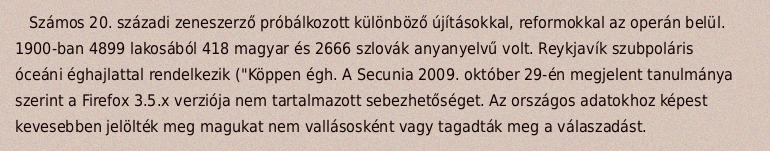
Számos 20. századi zeneszerző próbálkozott különböző újításokkal, reformokkal az operán belül. 1900-ban 4899 lakosából 418 magyar és 2666 szlovák anyanyelvű volt. Reykjavík szubpoláris óceáni éghajlattal rendelkezik ("Köppen égh. A Secunia 2009. október 29-én megjelent tanulmánya szerint a Firefox 3.5.x verziója nem tartalmazott sebezhetőséget. Az országos adatokhoz képest kevesebben jelölték meg magukat nem vallásosként vagy tagadták meg a válaszadást.